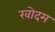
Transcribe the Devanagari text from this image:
खोदम